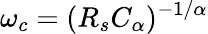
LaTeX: \omega_{c}=(R_{s}C_{\alpha})^{-1/\alpha}